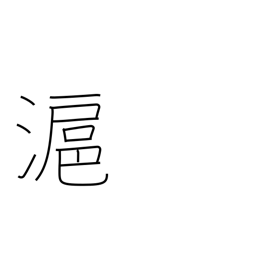
Meaning: another name for Shanghai